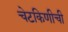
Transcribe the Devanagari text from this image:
चेटकिणीची